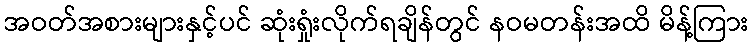
အဝတ်အစားများနှင့်ပင် ဆုံးရှုံးလိုက်ရချိန်တွင် နဝမတန်းအထိ မိန့်ကြား